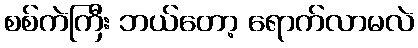
စစ်ကဲကြီး ဘယ်တော့ ရောက်လာမလဲ